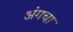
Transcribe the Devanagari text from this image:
अंगचा